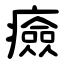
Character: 㿌